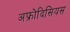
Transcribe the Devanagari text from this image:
अफ्रोदिसियस